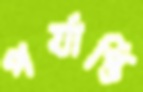
পর্যাপ্তি